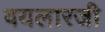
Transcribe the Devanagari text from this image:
वयलारजी